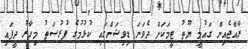
ރާއްޖެއިން ގައުމީ ޔޫތު ޓީމަކަށް ދެވަނަ ޑިވިޝަންގައި ކުޅުމުގެ ފުރުސަތު މިހާރު ދީފައި